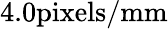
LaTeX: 4.0\mathrm{pixels/mm}